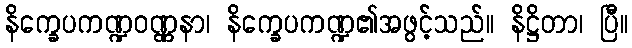
နိက္ခေပကဏ္ဍဝဏ္ဏနာ၊ နိက္ခေပကဏ္ဍ၏အဖွင့်သည်။ နိဋ္ဌိတာ၊ ပြီ။